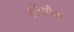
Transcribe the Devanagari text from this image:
टॉचमैक